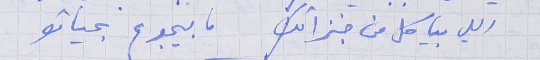
اللي بياكل من خبزاتك ما بيجوع بحياتو